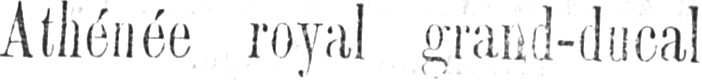
Athénée royal grand-ducal